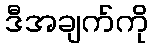
ဒီအချက်ကို